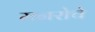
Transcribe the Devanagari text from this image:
मनरोचे